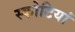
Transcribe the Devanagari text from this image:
स्कोटियां